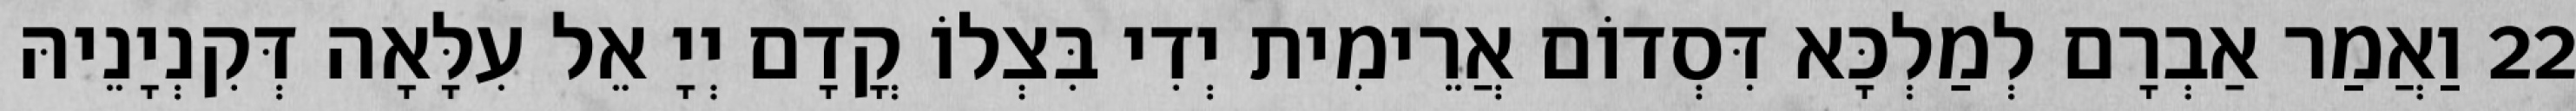
22 וַאֲמַר אַבְרָם לְמַלְכָּא דִּסְדוֹם אֲרֵימִית יְדִי בִּצְלוֹ קֳדָם יְיָ אֵל עִלָּאָה דְּקִנְיָנֵיהּ